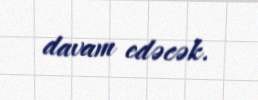
davam edəcək.